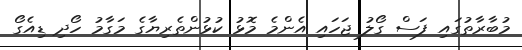
މުބާރާތުގައި ފަސް ގޯލު ޖަހައި އެންމެ މޮޅު ކުޅުންތެރިޔާގެ މަގާމު ހޯދި ޑިއެގޯ